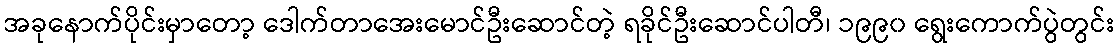
အခုနောက်ပိုင်းမှာတော့ ဒေါက်တာအေးမောင်ဦးဆောင်တဲ့ ရခိုင်ဦးဆောင်ပါတီ၊ ၁၉၉၀ ရွေးကောက်ပွဲတွင်း